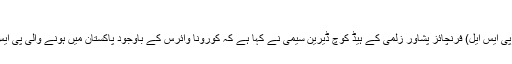
ڈیرین سیمی کاجاتے جاتے دبنگ پیغام
لاہور (ویب ڈیسک) پاکستان سپر لیگ (پی ایس ایل) فرنچائز پشاور زلمی کے ہیڈ کوچ ڈیرین سیمی نے کہا ہے کہ کورونا وائرس کے باوجود پاکستان میں ہونے والی پی ایس ایل کامیاب ترین لیگ ثابت ہوئی ہے۔